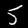
Digit: 5